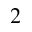
^ 2